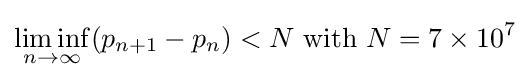
\liminf _{n\to \infty }(p_{n+1}-p_{n})<N~\mathrm {with} ~N=7\times 10^{7}